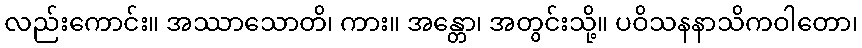
လည်းကောင်း။ အဿာသောတိ၊ ကား။ အန္တော၊ အတွင်းသို့။ ပဝိသနနာသိကဝါတော၊